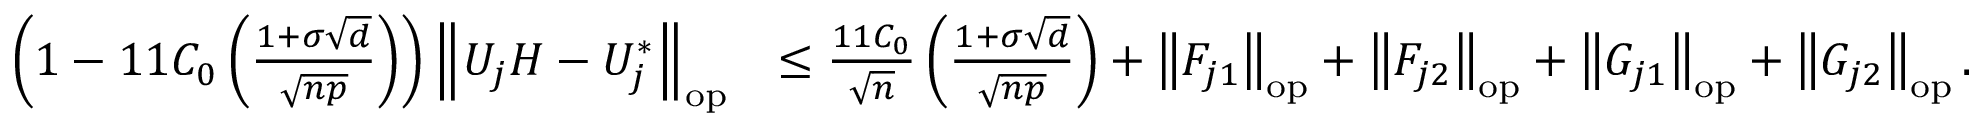
\begin{array} { r l } { \left( 1 - 1 1 C _ { 0 } \left( \frac { 1 + \sigma \sqrt { d } } { \sqrt { n p } } \right) \right) \left\| { U _ { j } H - U _ { j } ^ { * } } \right\| _ { \mathrm { o p } } } & { \leq \frac { 1 1 C _ { 0 } } { \sqrt { n } } \left( \frac { 1 + \sigma \sqrt { d } } { \sqrt { n p } } \right) + \left\| { F _ { j 1 } } \right\| _ { \mathrm { o p } } + \left\| { F _ { j 2 } } \right\| _ { \mathrm { o p } } + \left\| { G _ { j 1 } } \right\| _ { \mathrm { o p } } + \left\| { G _ { j 2 } } \right\| _ { \mathrm { o p } } . } \end{array}